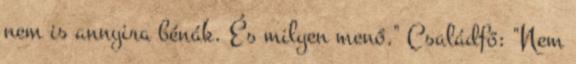
nem is annyira bénák. És milyen menő." Családfő: "Nem